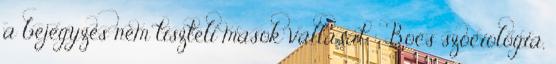
a bejegyzes nem tiszteli masok vallasat : Bocs szociológia,